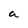
Character: a